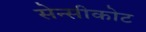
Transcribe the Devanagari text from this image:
सेन्सीकोट